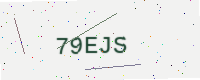
Text: 79EJS